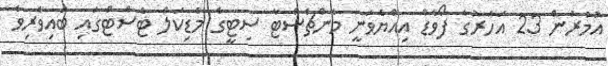
އުމުރުން 23 އަހަރުގެ ފޯވާޑް އިއްޔެވަނީ މެންޗެސްޓާ ސިޓީގެ މެޑިކަލް ޓެސްޓްގައި ބައިވެރިވެ